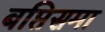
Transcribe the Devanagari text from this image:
बप्तिसमा